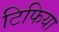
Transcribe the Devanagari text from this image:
टिफिया